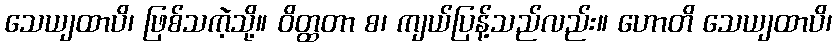
သေယျထာပိ၊ ဖြစ်သကဲ့သို့။ ဝိတ္ထတာ စ၊ ကျယ်ပြန့်သည်လည်း။ ဟောတိ သေယျထာပိ၊